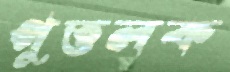
পুত্তলক